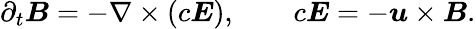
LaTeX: \partial_{t}\boldsymbol{B}=-\nabla\times(c\boldsymbol{E}),\qquad c\boldsymbol{E}=-\boldsymbol{u}\times\boldsymbol{B}.